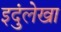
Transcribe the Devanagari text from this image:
इदुंलेखा